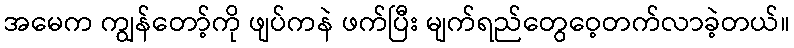
အမေက ကျွန်တော့်ကို ဖျပ်ကနဲ ဖက်ပြီး မျက်ရည်တွေဝေ့တက်လာခဲ့တယ်။